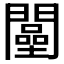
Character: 𨶴